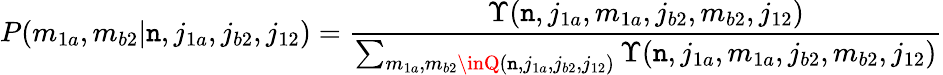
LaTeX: P(m_{1a},m_{b2}|\mathtt{n},j_{1a},j_{b2},j_{12})=\frac{{\Upsilon(\mathtt{n},j_{1a},m_{1a},j_{b2},m_{b2},j_{12})}}{{\sum_{m_{1a},m_{b2}\inQ(\mathtt{n},j_{1a},j_{b2},j_{12})}\Upsilon(\mathtt{n},j_{1a},m_{1a},j_{b2},m_{b2},j_{12})}}